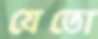
যেতো